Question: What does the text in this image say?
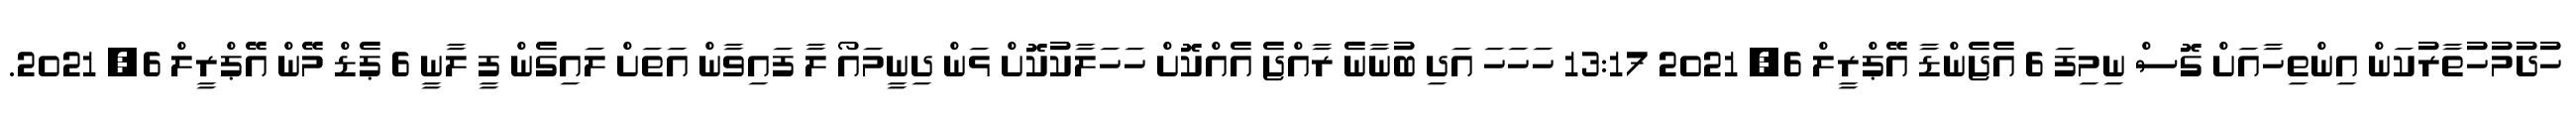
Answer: ހުދުމުހުތާރުކަން އިންތިހާއަށް ގޮސް ނިމިފަ 6 އެޖެންޑާ އޭޕްރީލް 6, 2021 13:17 ހަހަހަ އަދި ބުނާނެ ރާއްޖެ އެއްކޮށް ހަހަލާކުކޮށް ޅަން ދިނީމައޯ ލާ ފައިވާން އަތަށް ލައިގެން ފީ ލާނީ 6 ޕެޑް މޭން އޭޕްރީލް 6, 2021.